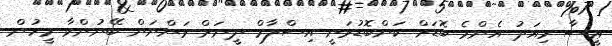
ޢީސާ މިއަދު އެންމެ ބޮޑަށް ކަންބޮޑުވަނީ އިސްލާމް ދީނަށް ވަންނަން ބޭނުންވާ މީހުން